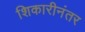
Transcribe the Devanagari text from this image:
शिकारीनंतर